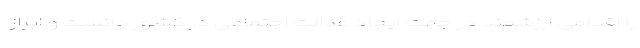
را اقدامی ارزشمند در جهت ایجاد عدالت اجتماعی در کشور دانست و ابراز